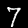
Digit: 7